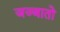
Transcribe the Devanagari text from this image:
जज्बातो